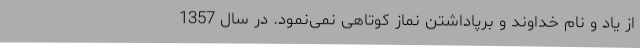
از یاد و نام خداوند و برپاداشتن نماز کوتاهی نمی‌نمود. در سال 1357